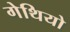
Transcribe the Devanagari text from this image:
गेथियो